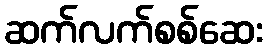
ဆက်လက်စစ်ဆေး